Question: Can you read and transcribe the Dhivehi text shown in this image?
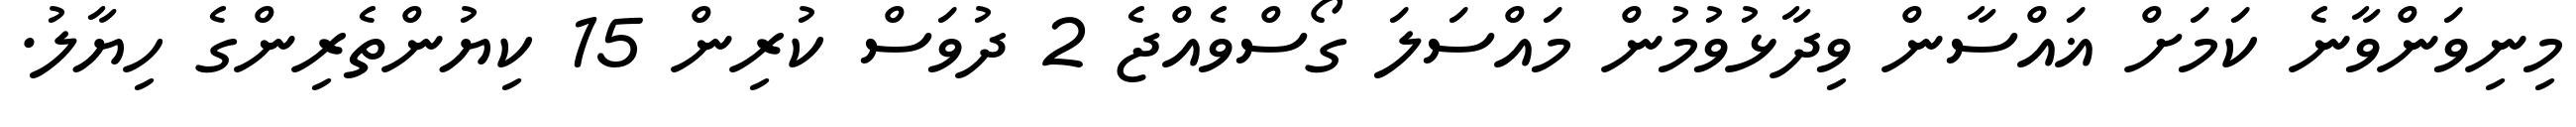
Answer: މިނިވަންވާނެ ކަމަށް ޣައްސާން ވިދާޅުވުމުން މައްސަލަ ގޯސްވެއްޖެ 2 ދުވަސް ކުރިން 15 ކިޔުންތެރިންގެ ހިޔާލު.